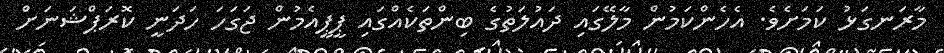
މާރަނގަޅު ކަމަށެވެ. އެހެންކަމުން މާލޭގައި ދައުލަތުގެ ބިންތަކެއްގައި ޕީޕީއެމުން ޖަގަހަ ހަދަނީ ކޮރަޕްޝަނަށް